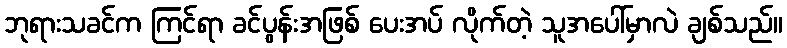
ဘုရားသခင်က ကြင်ရာ ခင်ပွန်းအဖြစ် ပေးအပ် လိုက်တဲ့ သူအပေါ်မှာလဲ ချစ်သည်။